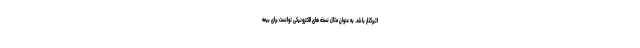
اثیرگذار باشد. به عنوان مثال نسخه های الکترونیکی توانست برای بیمه